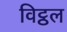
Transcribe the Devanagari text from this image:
विट्ठल